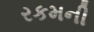
રકમની